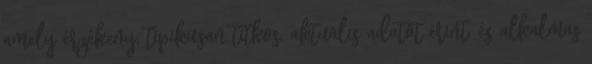
amely érzékeny, tipikusan titkos, aktuális adatot érint, és alkalmas